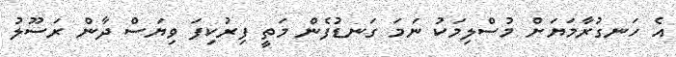
އެ ހަނގުރާމަޔަށް މުސްލިމަކު ނަމަ ގަނޑުފެން މަތީ ފިރުކިފަ ވިޔަސް ދާން ރަސޫލު